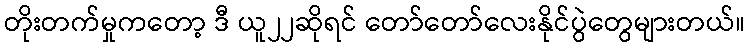
တိုးတက်မှုကတော့ ဒီ ယူ၂၂ဆိုရင် တော်တော်လေးနိုင်ပွဲတွေများတယ်။